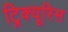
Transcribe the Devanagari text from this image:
ट्रिक्यूरिस